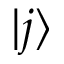
| j \rangle